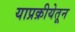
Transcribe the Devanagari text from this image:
याप्रक्रीयेतून